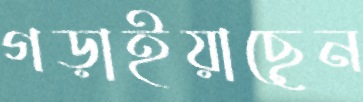
গড়াইয়াছেন